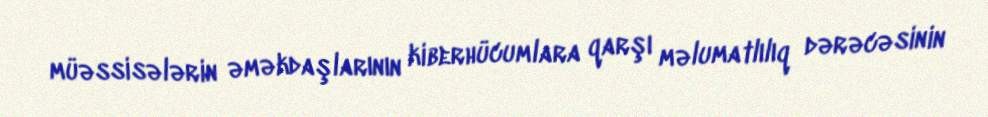
müəssisələrin əməkdaşlarının kiberhücumlara qarşı məlumatlılıq dərəcəsinin